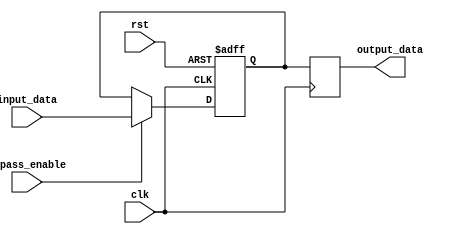
module simple_bypass_register (
    input wire clk,
    input wire rst,
    input wire bypass_enable,
    input wire [31:0] input_data,
    output reg [31:0] output_data
);

reg [31:0] reg_data;

always @(posedge clk or posedge rst) begin
    if (rst) begin
        reg_data <= 32'b0;
    end else begin
        if (bypass_enable) begin
            reg_data <= input_data;
        end
    end
end

always @(posedge clk) begin
    output_data <= reg_data;
end

endmodule